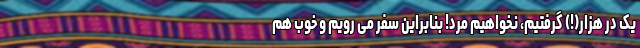
یک در هزار(!) گرفتیم، نخواهیم مُرد! بنابراین سفر می رویم و خوب هم